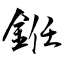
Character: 銋